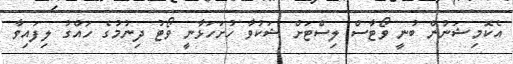
އެކޮމިޝަނުން ބުނީ ވޯޓާސް ލިސްޓަށް ޝަކުވާ ހުށަހަޅާނީ ވޯޓު ދިނުމުގެ ހައްގު ލިފައިވާ